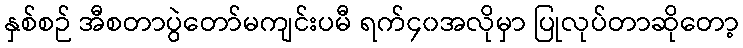
နှစ်စဉ် အီစတာပွဲတော်မကျင်းပမီ ရက်၄၀အလိုမှာ ပြုလုပ်တာဆိုတော့